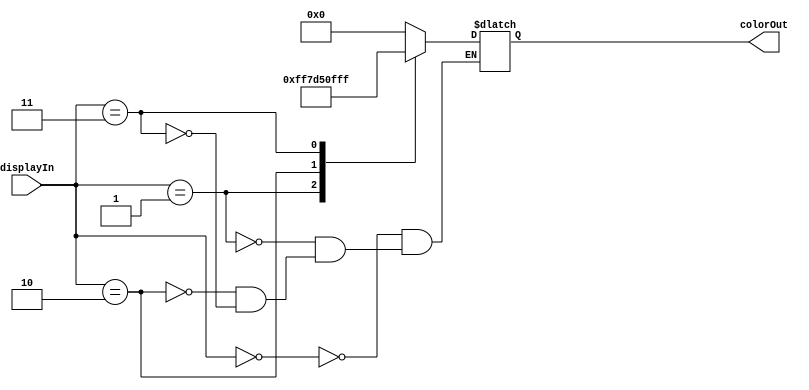
`timescale 1ns / 1ps
//////////////////////////////////////////////////////////////////////////////////
// Company: 
// Engineer: 
// 
// Design Name: 
// Module Name: mux2x1
// Project Name: 
// Target Devices: 
// Tool Versions: 
// Description: 
// 
// Dependencies: 
// 
// Revision:
// Revision 0.01 - File Created
// Additional Comments:
// 
//////////////////////////////////////////////////////////////////////////////////


module mux2x1(
    input [2:0] displayIn,
    output reg [11:0] colorOut
    );
    
    always @ (displayIn) begin
        case (displayIn)
            3'b000:colorOut <= 12'b000000000000; // ground all colors
            3'b001:colorOut <= 12'b111111110111; //turn on all white color   
            3'b010:colorOut <= 12'b110101010000;    
            3'b011:colorOut <= 12'b111111111111;
            endcase
    end
endmodule